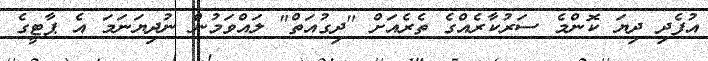
އުފެދި ދިޔަ ކޮންމެ ސަރުކާރެއްގެ ތެރެއަށް "ދިގުއަތް" ލައްވަމުން ނުދިޔަނަމަ އެ ޕާޓީގެ